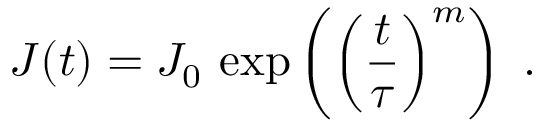
J ( t ) = J _ { 0 } \, \exp \left( \left( \frac { t } { \tau } \right) ^ { m } \right) \; .